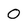
Character: 0